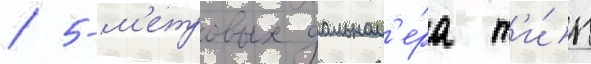
/ 5-м'етровых дальном'е́ра т'и́п